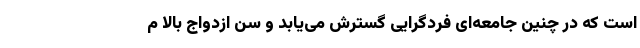
است که در چنین جامعه‌ای فردگرایی گسترش می‌یابد و سن ازدواج بالا م